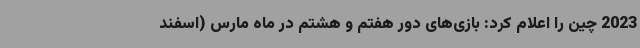
2023 چین را اعلام کرد: بازی‌های دور هفتم و هشتم در ماه مارس (اسفند